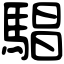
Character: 䮖